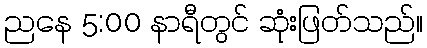
ညနေ 5:00 နာရီတွင် ဆုံးဖြတ်သည်။